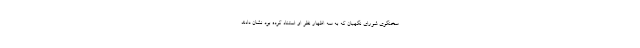
سخنگوی شورای نگهبان که به سه اظهار نظر او استناد کرده بود نشان دادند